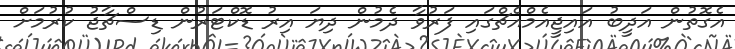
އެގޮތުން އަދީބު އައިޖީއެމްއެޗްގައި ފަރުވާ ދެމުން ދިޔަ އިރު ޑޮކްޓަރުން ޑިސްޗާޖު ކުރުމަށް